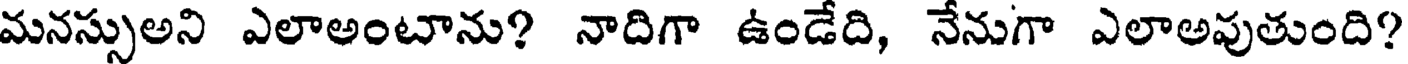
మనస్సుఅని ఎలాఅంటాను? నాదిగా ఉండేది, నేనుగా ఎలాఅవుతుంది?